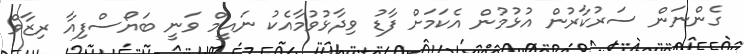
ގެންނަން ސަރުކާރުން އުޅުމުން އެކަމަށް ފާޑު ވިދާޅުވުމާއެކު ނައީމް ވަނީ ބަޔޯސްފިއާ ރިޒާވް